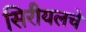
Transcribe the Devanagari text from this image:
सिरीयलचे